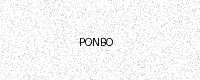
Text: PONBO